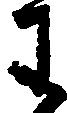
わ